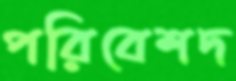
পরিবেশদ